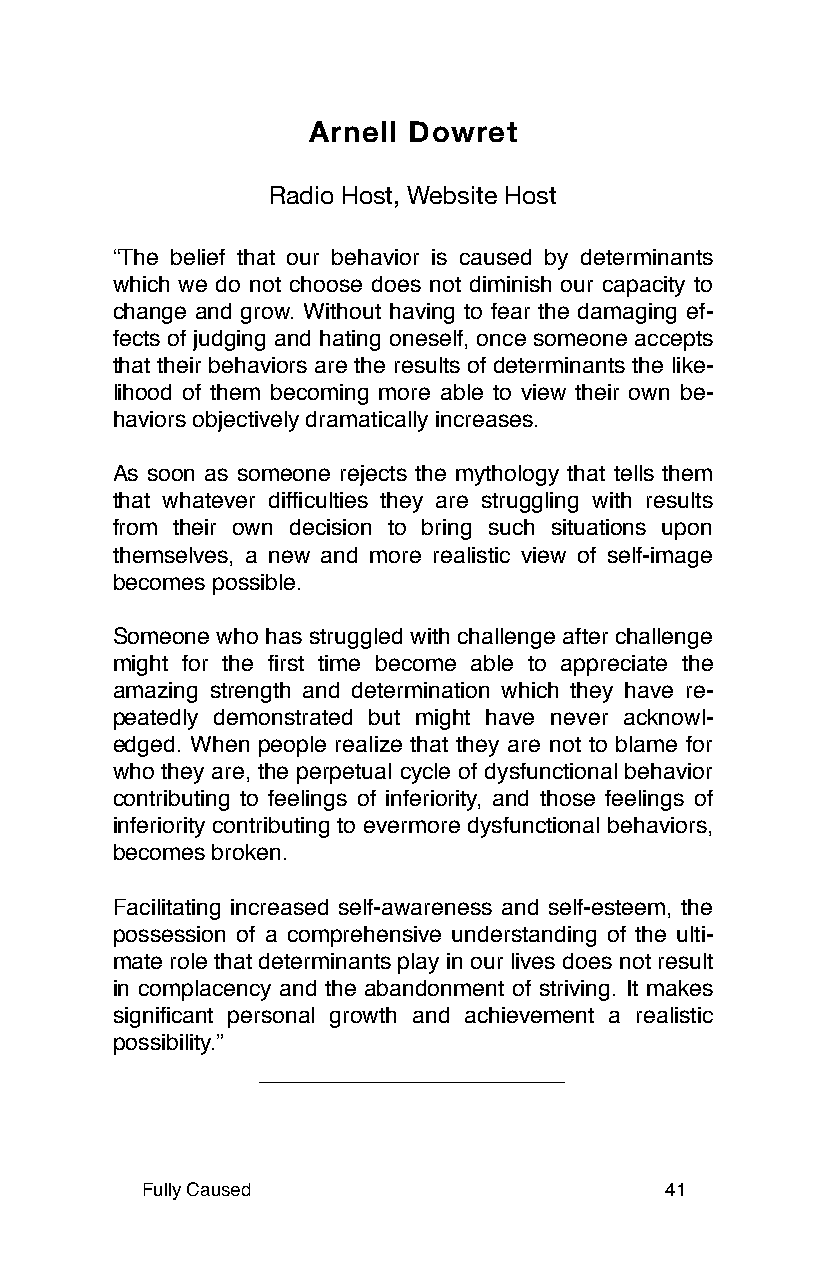
Arnell Dowret
 Radio Host, Website Host
 “The belief that our behavior is caused by determinants
 which we do not choose does not diminish our capacity to
 change and grow. Without having to fear the damaging ef-
 fects of judging and hating oneself, once someone accepts
 that their behaviors are the results of determinants the like-
 lihood of them becoming more able to view their own be-
 haviors objectively dramatically increases.
 As soon as someone rejects the mythology that tells them
 that whatever difficulties they are struggling with results
 from their own decision to bring such situations upon
 themselves, a new and more realistic view of self-image
 becomes possible.
 Someone who has struggled with challenge after challenge
 might for the first time become able to appreciate the
 amazing strength and determination which they have re-
 peatedly demonstrated but might have never acknowl-
 edged. When people realize that they are not to blame for
 who they are, the perpetual cycle of dysfunctional behavior
 contributing to feelings of inferiority, and those feelings of
 inferiority contributing to evermore dysfunctional behaviors,
 becomes broken.
 Facilitating increased self-awareness and self-esteem, the
 possession of a comprehensive understanding of the ulti-
 mate role that determinants play in our lives does not result
 in complacency and the abandonment of striving. It makes
 significant personal growth and achievement a realistic
 possibility.”
 Fully Caused                       41